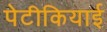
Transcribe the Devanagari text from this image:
पेटीकियाई